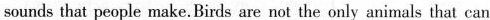
sounds that people make. Birds are not the only animals that can